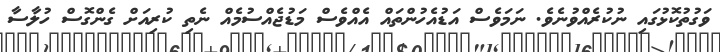
ވަގުތުކޮޅުގައި ނުކުރެއްވުނެވެ. ނަމަވެސް އަޑުއެހުންތައް އެއްވެސް މަޑުޖެއްސުމެއް ނެތި ކުރިއަށް ގެންގޮސް ހުލާސާ